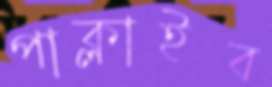
পাক্‌লাইব